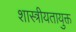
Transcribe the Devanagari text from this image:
शास्त्रीयतायुक्त